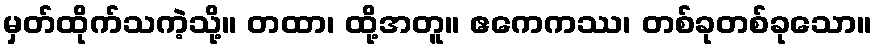
မှတ်ထိုက်သကဲ့သို့။ တထာ၊ ထို့အတူ။ ဧကေကဿ၊ တစ်ခုတစ်ခုသော။